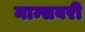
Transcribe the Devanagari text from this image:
माम्सबरी